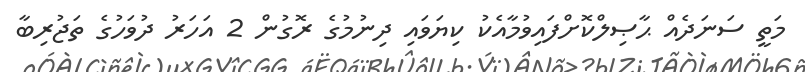
މަތީ ސަނަދެއް ޙާޞިލްކޮށްފައިވުމާއެކު ކިޔަވައި ދިނުމުގެ ރޮގުން 2 އަހަރު ދުވަހުގެ ތަޖުރިބާ